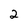
Character: 2